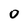
Character: 0